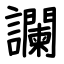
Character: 讕